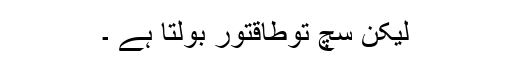
لیکن سچ توطاقتور بولتا ہے ۔